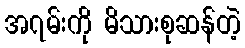
အ၇မ်းကို မိသားစုဆန်တဲ့